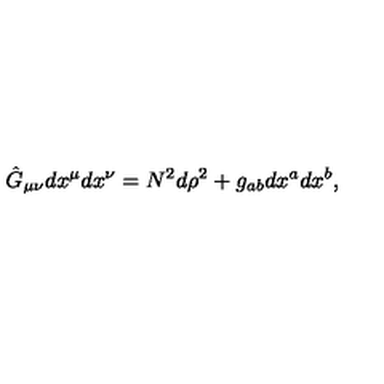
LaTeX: \hat { G } _ { \mu \nu } d x ^ { \mu } d x ^ { \nu } = N ^ { 2 } d \rho ^ { 2 } + g _ { a b } d x ^ { a } d x ^ { b } ,